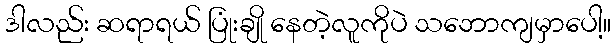
ဒါလည်း ဆရာရယ် ပြုံးချို နေတဲ့လူကိုပဲ သဘောကျမှာပေါ့။